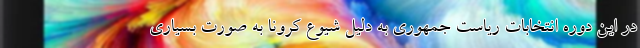
در این دوره انتخابات ریاست جمهوری به دلیل شیوع کرونا به صورت بسیاری